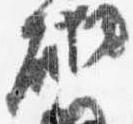
砌